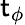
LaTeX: \mathsf{t}_{\phi}